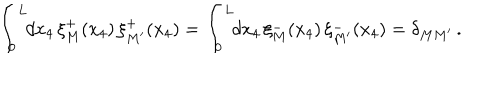
\int _ { 0 } ^ { L } \! \! d x _ { 4 } \, \xi _ { M } ^ { + } ( x _ { 4 } ) \, \xi _ { M ^ { \prime } } ^ { + } ( x _ { 4 } ) = \int _ { 0 } ^ { L } \! \! d x _ { 4 } \, \xi _ { M } ^ { - } ( x _ { 4 } ) \, \xi _ { M ^ { \prime } } ^ { - } ( x _ { 4 } ) = \delta _ { M M ^ { \prime } } \, .